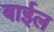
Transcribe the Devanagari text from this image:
बाईल